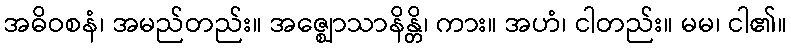
အဓိဝစနံ၊ အမည်တည်း။ အဇ္ဈောသာနိန္တိ၊ ကား။ အဟံ၊ ငါတည်း။ မမ၊ ငါ၏။